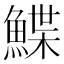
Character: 鰈